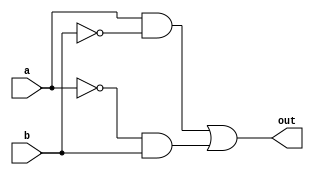
module xor_gate (
    input a,
    input b,
    output out
);

wire p;
wire n;

assign p = a & ~b;
assign n = ~a & b;

assign out = p | n;

endmodule